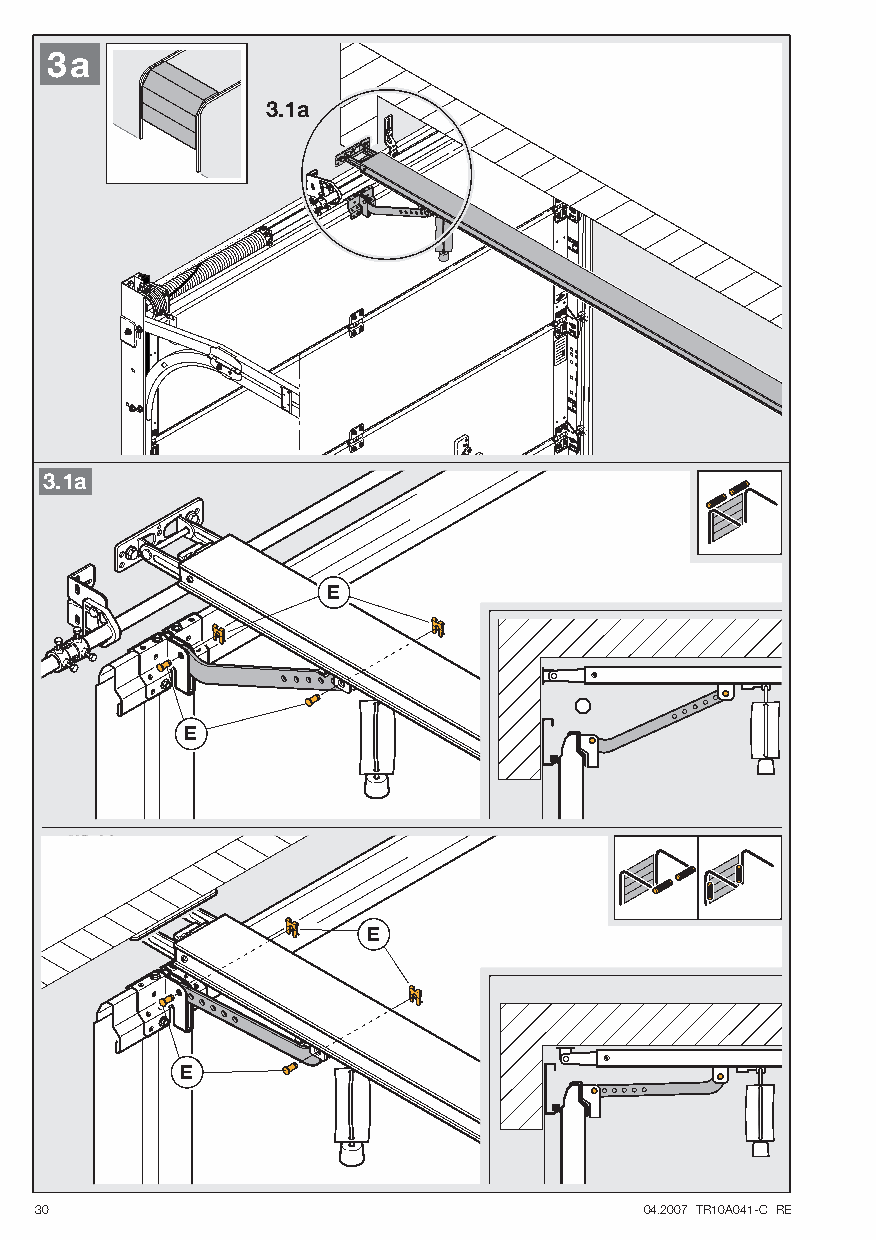
3a
 3.1a
 3.1a
 E
 E
 E
 E
 30                                       04.2007 TR10A041-C RE